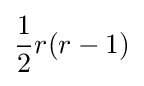
{\frac {1}{2}}r(r-1)